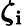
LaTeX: \boldsymbol{\zeta}_{\mathbf{i}}